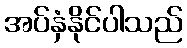
အပ်နှံနိုင်ပါသည်